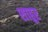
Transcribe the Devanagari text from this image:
शाहूर